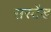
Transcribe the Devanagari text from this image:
सस्टेंड